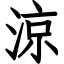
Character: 涼